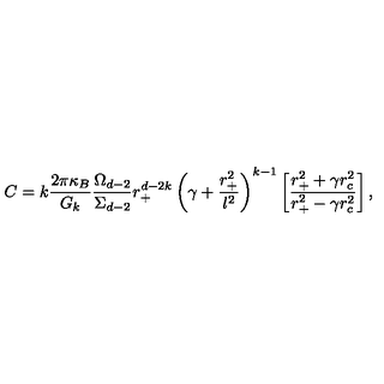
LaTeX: C = k \frac { 2 \pi \kappa _ { B } } { G _ { k } } \frac { \Omega _ { d - 2 } } { \Sigma _ { d - 2 } } r _ { + } ^ { d - 2 k } \left( \gamma + \frac { r _ { + } ^ { 2 } } { l ^ { 2 } } \right) ^ { k - 1 } \left[ \frac { r _ { + } ^ { 2 } + \gamma r _ { c } ^ { 2 } } { r _ { + } ^ { 2 } - \gamma r _ { c } ^ { 2 } } \right] ,